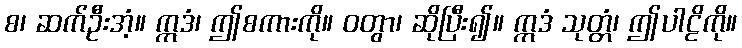
စ၊ ဆက်ဦးအံ့။ ဣဒံ၊ ဤစကားကို။ ဝတွာ၊ ဆိုပြီး၍။ ဣဒံ သုတ္တံ၊ ဤပါဠိကို။